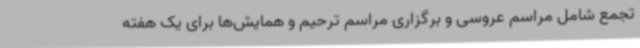
تجمع شامل مراسم عروسی و برگزاری مراسم ترحیم و همایش‌ها برای یک هفته